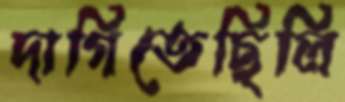
দাগিতেছিলি